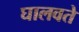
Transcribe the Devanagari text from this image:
घालवते